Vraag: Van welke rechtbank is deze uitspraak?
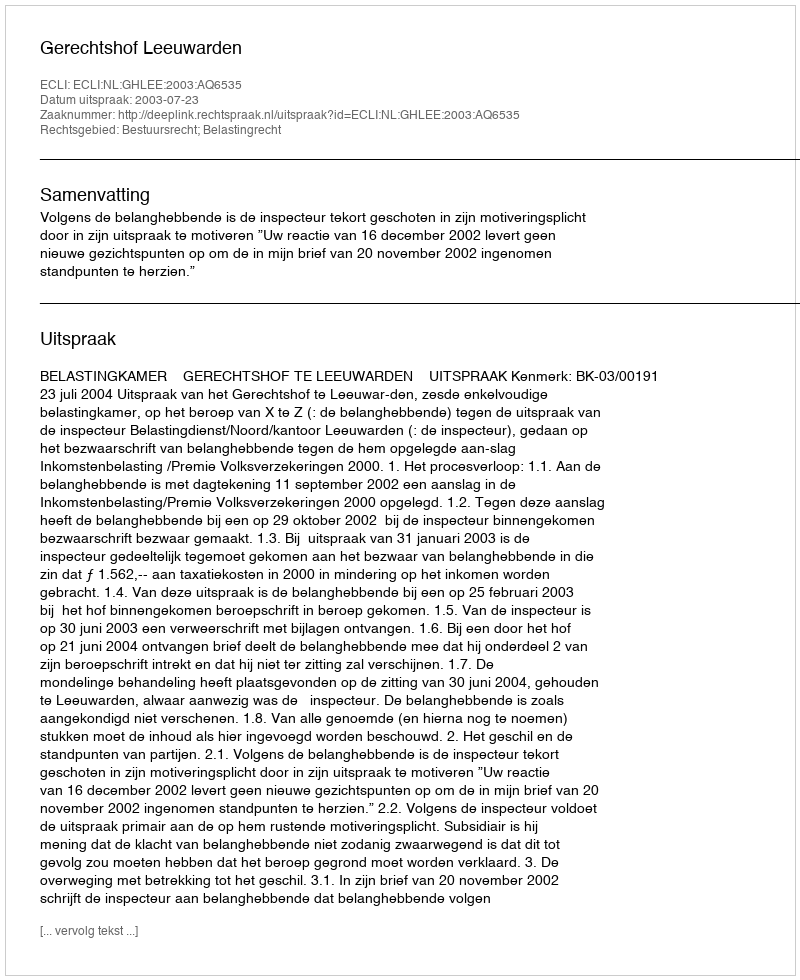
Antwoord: Gerechtshof Leeuwarden